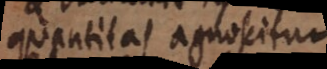
quantitas agnoscitur